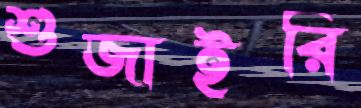
শুজাইরি